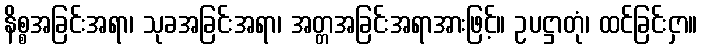
နိစ္စအခြင်းအရာ၊ သုခအခြင်းအရာ၊ အတ္တအခြင်းအရာအားဖြင့်။ ဥပဋ္ဌာတုံ၊ ထင်ခြင်းငှာ။